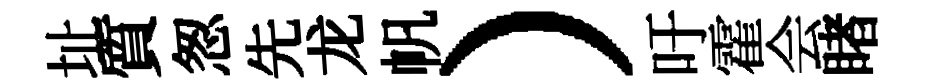
址質怱先龙帆）吁霍会睹